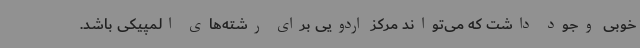
خوبی وجود داشت که می‌تواند مرکز اردویی برای رشته‌های المپیکی باشد.